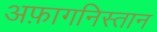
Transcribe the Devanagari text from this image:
अफ़ागनिस्तान